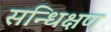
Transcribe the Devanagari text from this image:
सन्धिक्षण